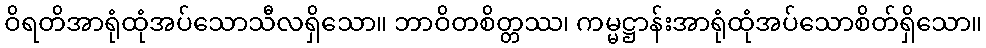
ဝိရတိအာရုံထုံအပ်သောသီလရှိသော။ ဘာဝိတစိတ္တဿ၊ ကမ္မဋ္ဌာန်းအာရုံထုံအပ်သောစိတ်ရှိသော။